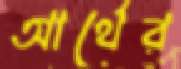
আর্থের